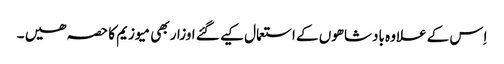
اِس کے علاوہ بادشاھوں کے استعمال کیے گئے اوزار بھی میوزیم کا حصہ ھیں ۔